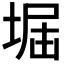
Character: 𡌷